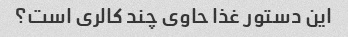
این دستور غذا حاوی چند کالری است؟